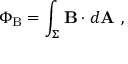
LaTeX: \Phi _ { \mathrm { B } } = \int _ { \Sigma } \mathbf { B } \cdot d \mathbf { A } \ ,